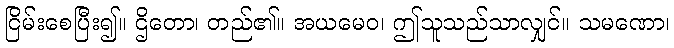
ငြိမ်းစေပြီး၍။ ဌိတော၊ တည်၏။ အယမေဝ၊ ဤသူသည်သာလျှင်။ သမဏော၊